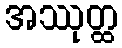
အဿုတ္ထ